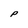
Character: P